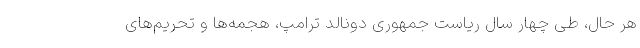
هر حال، طی چهار سال ریاست جمهوری دونالد ترامپ، هجمه‌ها و تحریم‌های